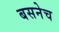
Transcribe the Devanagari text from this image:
बसनेच